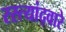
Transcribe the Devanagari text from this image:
रस्त्यांद्वारे